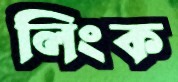
লিংক